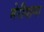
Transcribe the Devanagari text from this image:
मेरीयाना